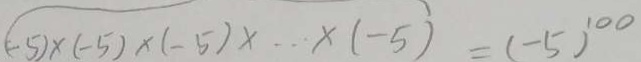
( - 5 ) \times ( - 5 ) \times ( - 5 ) \times \cdots \times ( - 5 ) = ( - 5 ) ^ { 1 0 0 }